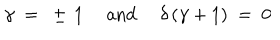
LaTeX: \gamma ~ = ~ \pm \, 1 ~ ~ \mathrm { a n d } ~ ~ \delta \, ( \gamma + 1 ) ~ = ~ 0